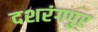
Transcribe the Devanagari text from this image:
दशरंगपुर